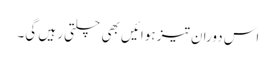
اس دوران تیز ہوائیں بھی چلتی رہیں گی۔